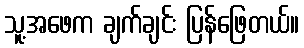
သူ့အဖေက ချက်ချင်း ပြန်ဖြေတယ်။